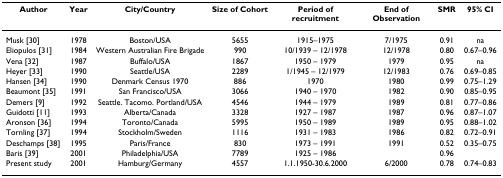
<table><thead><tr><td><b>Author</b></td><td><b>Year</b></td><td><b>City/Country</b></td><td><b>Size of Cohort</b></td><td><b>Period of recruitment</b></td><td><b>End of Observation</b></td><td><b>SMR</b></td><td><b>95% CI</b></td></tr></thead><tbody><tr><td>Musk [30]</td><td>1978</td><td>Boston/USA</td><td>5655</td><td>1915–1975</td><td>7/1975</td><td>0.91</td><td>na</td></tr><tr><td>Eliopulos [31]</td><td>1984</td><td>Western Australian Fire Brigade</td><td>990</td><td>10/1939 – 12/1978</td><td>12/1978</td><td>0.80</td><td>0.67–0.96</td></tr><tr><td>Vena [32]</td><td>1987</td><td>Buffalo/USA</td><td>1867</td><td>1950 – 1979</td><td>1979</td><td>0.95</td><td>na</td></tr><tr><td>Heyer [33]</td><td>1990</td><td>Seattle/USA</td><td>2289</td><td>1/1945 – 12/1979</td><td>12/1983</td><td>0.76</td><td>0.69–0.85</td></tr><tr><td>Hansen [34]</td><td>1990</td><td>Denmark Census 1970</td><td>886</td><td>1970</td><td>1980</td><td>0.99</td><td>0.75–1.29</td></tr><tr><td>Beaumont [35]</td><td>1991</td><td>San Francisco/USA</td><td>3066</td><td>1940 – 1970</td><td>1982</td><td>0.90</td><td>0.85–0.95</td></tr><tr><td>Demers [9]</td><td>1992</td><td>Seattle. Tacomo. Portland/USA</td><td>4546</td><td>1944 – 1979</td><td>1989</td><td>0.81</td><td>0.77–0.86</td></tr><tr><td>Guidotti [11]</td><td>1993</td><td>Alberta/Canada</td><td>3328</td><td>1927 – 1987</td><td>1987</td><td>0.96</td><td>0.87–1.07</td></tr><tr><td>Aronson [36]</td><td>1994</td><td>Toronto/Canada</td><td>5995</td><td>1950 – 1989</td><td>1989</td><td>0.95</td><td>0.88–1.02</td></tr><tr><td>Tornling [37]</td><td>1994</td><td>Stockholm/Sweden</td><td>1116</td><td>1931 – 1983</td><td>1986</td><td>0.82</td><td>0.72–0.91</td></tr><tr><td>Deschamps [38]</td><td>1995</td><td>Paris/France</td><td>830</td><td>1973 – 1991</td><td>1991</td><td>0.52</td><td>0.35–0.75</td></tr><tr><td>Baris [39]</td><td>2001</td><td>Philadelphia/USA</td><td>7789</td><td>1925 – 1986</td><td></td><td>0.96</td><td></td></tr><tr><td>Present study</td><td>2001</td><td>Hamburg/Germany</td><td>4557</td><td>1.1.1950-30.6.2000</td><td>6/2000</td><td>0.78</td><td>0.74–0.83</td></tr></tbody></table>